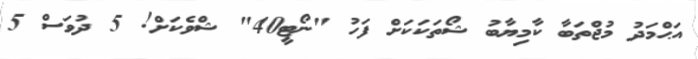
އަޙްމަދު މުޖްތަބާ ކާމިޔާބު ޝޯތަކަކަށް ފަހު "ނޯޓީ40" ޝްވެކަށް! 5 ދުވަސް 5